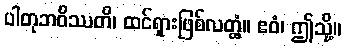
ပါတုဘဝိဿတိ၊ ထင်ရှားဖြစ်လတ္တံ့။ ဧဝံ၊ ဤသို့။